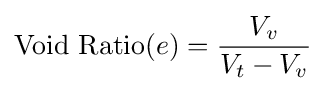
{\text{Void Ratio}}(e)={\frac {V_{v}}{V_{t}-V_{v}}}